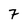
Character: 7